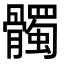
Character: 髑